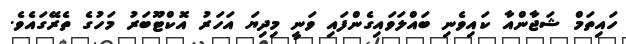
ހައިތަމް ޝަޖާންއާ ކައިވެނި ބައްލަވައިގެންފައި ވަނީ މިދިޔަ އަހަރު އޮކްޓޫބަރު މަހުގެ ތެރޭގައެވެ.